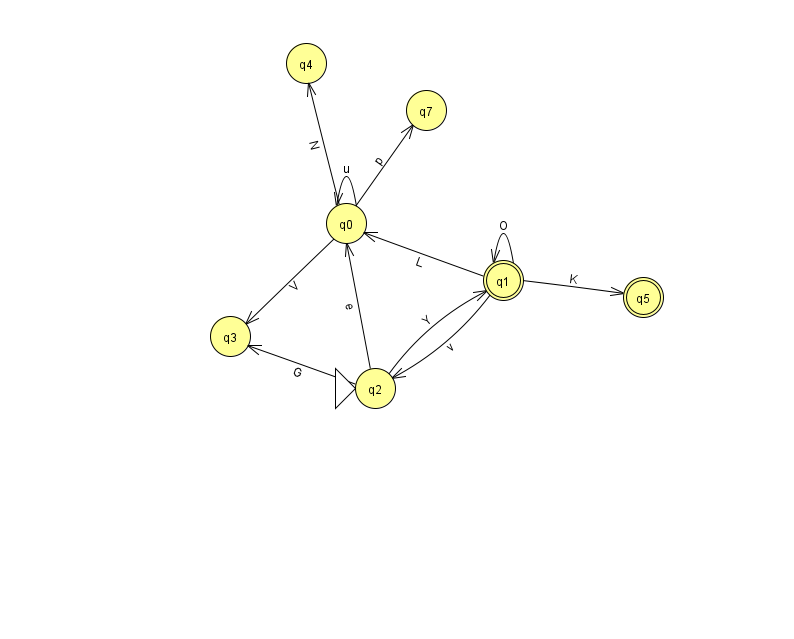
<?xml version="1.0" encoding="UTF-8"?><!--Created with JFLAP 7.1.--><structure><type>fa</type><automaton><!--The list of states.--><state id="0" name="q0"><x>346.0</x><y>210.0</y></state><state id="1" name="q1"><x>503.0</x><y>267.0</y><final/></state><state id="2" name="q2"><x>375.0</x><y>375.0</y><initial/></state><state id="3" name="q3"><x>230.0</x><y>323.0</y></state><state id="4" name="q4"><x>306.0</x><y>50.0</y></state><state id="5" name="q5"><x>643.0</x><y>284.0</y><final/></state><state id="7" name="q7"><x>426.0</x><y>97.0</y></state><!--The list of transitions.--><transition><from>1</from><to>0</to><read>L</read></transition><transition><from>2</from><to>3</to><read>G</read></transition><transition><from>1</from><to>2</to><read>v</read></transition><transition><from>1</from><to>5</to><read>K</read></transition><transition><from>0</from><to>0</to><read>u</read></transition><transition><from>0</from><to>4</to><read>N</read></transition><transition><from>0</from><to>3</to><read>V</read></transition><transition><from>0</from><to>7</to><read>p</read></transition><transition><from>2</from><to>0</to><read>e</read></transition><transition><from>2</from><to>1</to><read>Y</read></transition><transition><from>1</from><to>1</to><read>O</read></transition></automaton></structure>